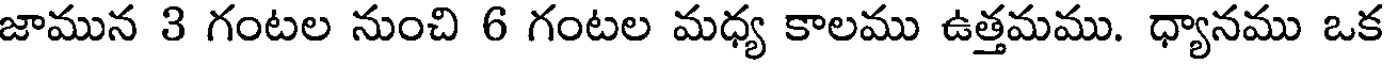
జామున 3 గంటల నుంచి 6 గంటల మధ్య కాలము ఉత్తమము. ధ్యానము ఒక